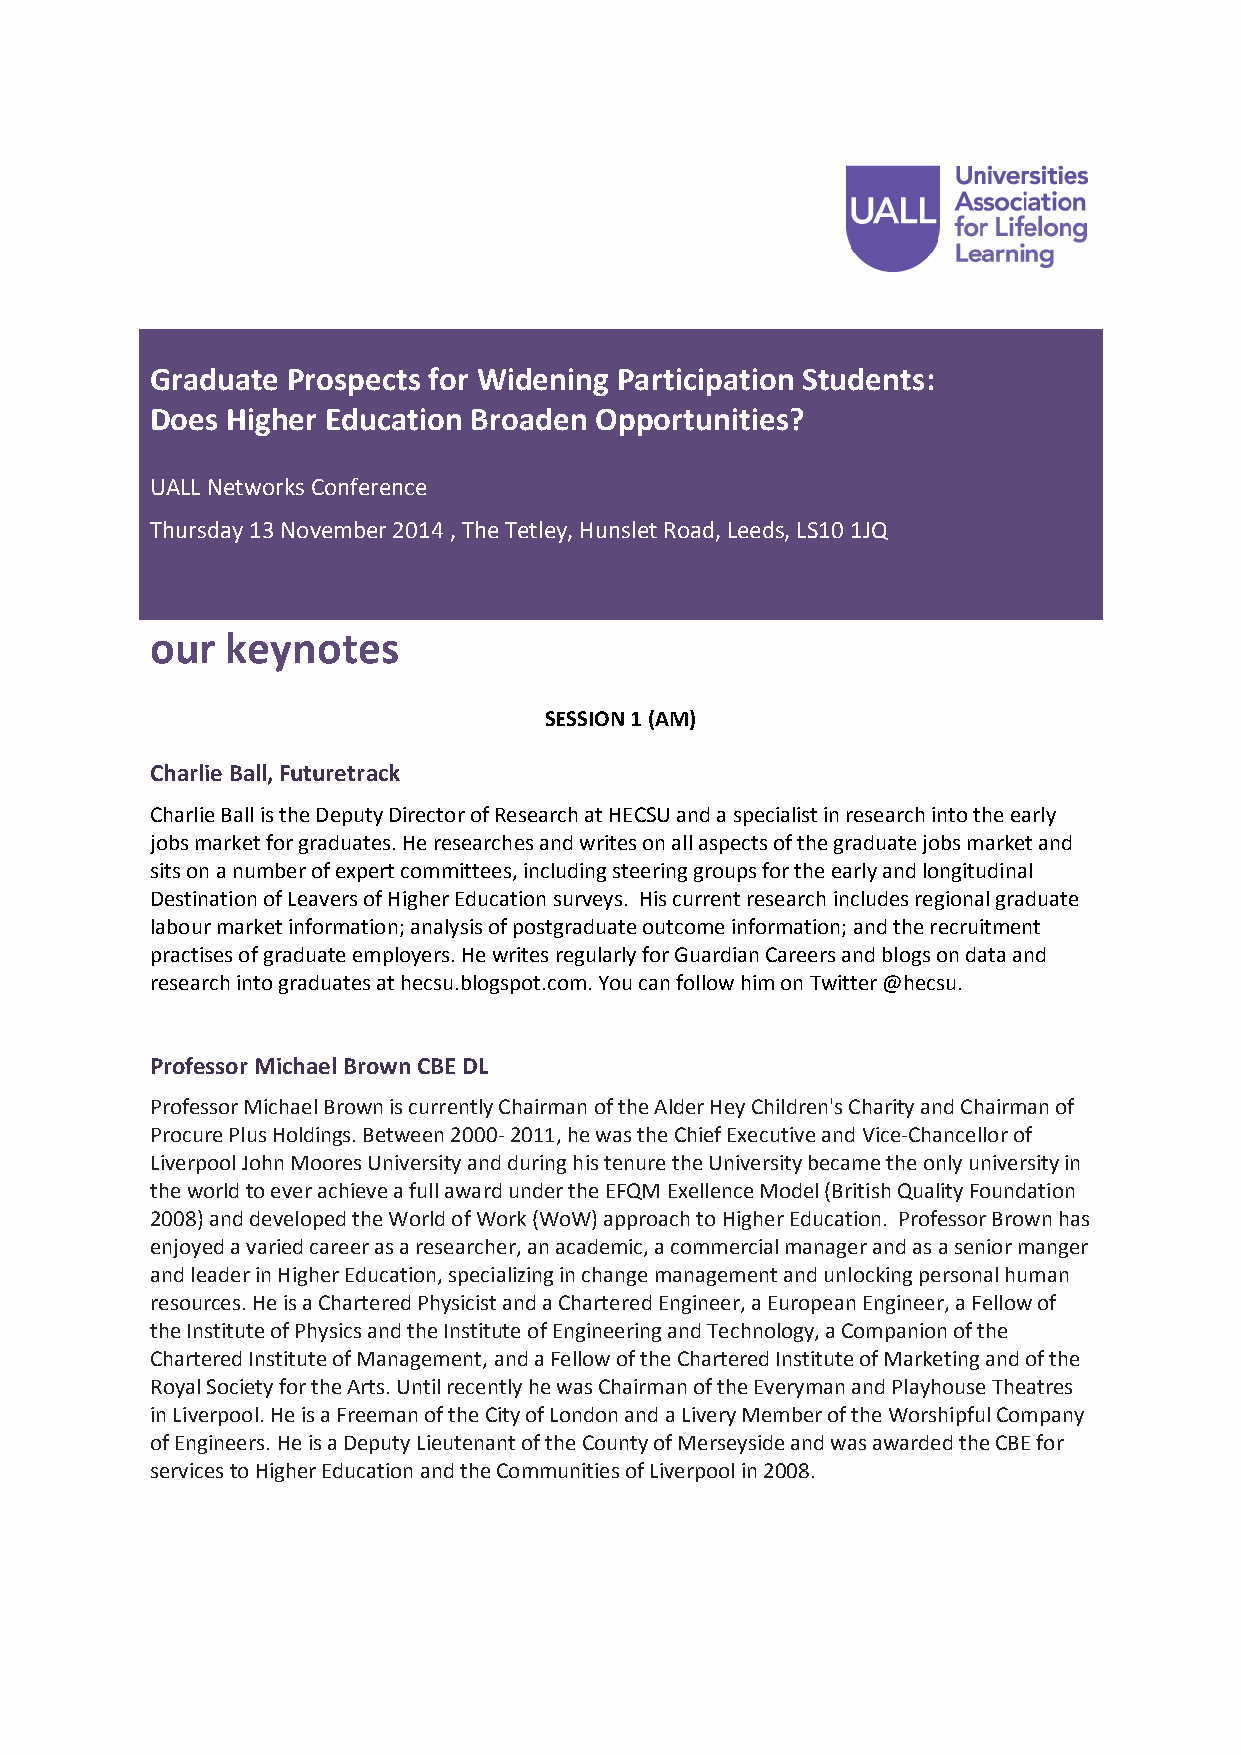
Graduate Prospects for Widening Participation Students:
 Does Higher Education Broaden Opportunities?
 UALL Networks Conference
 Thursday 13 November 2014 , The Tetley, Hunslet Road, Leeds, LS10 1JQ
 our  keynotes
 SESSION 1 (AM)
 Charlie Ball, Futuretrack
 Charlie Ball is the Deputy Director of Research at HECSU and a specialist in research into the early
 jobs market for graduates. He researches and writes on all aspects of the graduate jobs market and
 sits on a number of expert committees, including steering groups for the early and longitudinal
 Destination of Leavers of Higher Education surveys. His current research includes regional graduate
 labour market information; analysis of postgraduate outcome information; and the recruitment
 practises of graduate employers. He writes regularly for Guardian Careers and blogs on data and
 research into graduates at hecsu.blogspot.com. You can follow him on Twitter @hecsu.
 Professor Michael Brown CBE DL
 Professor Michael Brown is currently Chairman of the Alder Hey Children's Charity and Chairman of
 Procure Plus Holdings. Between 2000- 2011, he was the Chief Executive and Vice-Chancellor of
 Liverpool John Moores University and during his tenure the University became the only university in
 the world to ever achieve a full award under the EFQM Exellence Model (British Quality Foundation
 2008) and developed the World of Work (WoW) approach to Higher Education. Professor Brown has
 enjoyed a varied career as a researcher, an academic, a commercial manager and as a senior manger
 and leader in Higher Education, specializing in change management and unlocking personal human
 resources. He is a Chartered Physicist and a Chartered Engineer, a European Engineer, a Fellow of
 the Institute of Physics and the Institute of Engineering and Technology, a Companion of the
 Chartered Institute of Management, and a Fellow of the Chartered Institute of Marketing and of the
 Royal Society for the Arts. Until recently he was Chairman of the Everyman and Playhouse Theatres
 in Liverpool. He is a Freeman of the City of London and a Livery Member of the Worshipful Company
 of Engineers. He is a Deputy Lieutenant of the County of Merseyside and was awarded the CBE for
 services to Higher Education and the Communities of Liverpool in 2008.